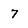
Character: 7